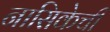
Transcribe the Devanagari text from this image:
नासिकेचीं